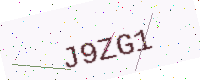
Text: J9ZG1